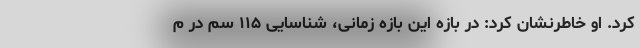
کرد. او خاطرنشان کرد: در بازه این بازه زمانی، شناسایی ۱۱۵ سم در م